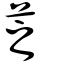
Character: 芝